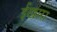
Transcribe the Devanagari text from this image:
ईखारा